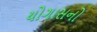
યોગાસનો